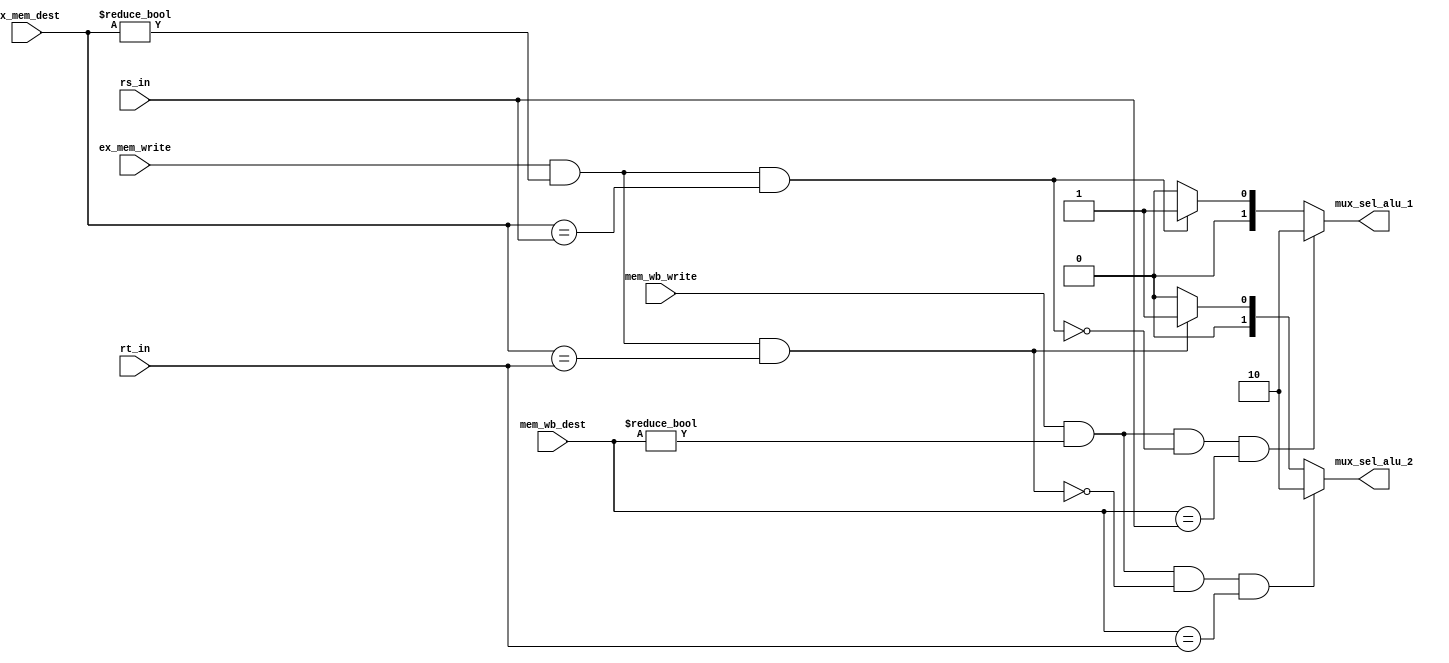
//Forwarding.v

module Forwarding(
	input wire [4:0] rs_in,
	input wire [4:0] rt_in,
	input wire [4:0] ex_mem_dest,
	input wire [4:0] mem_wb_dest,
	input wire ex_mem_write,
	input wire mem_wb_write,
	output reg [1:0] mux_sel_alu_1,
	output reg [1:0] mux_sel_alu_2);
	
	always @* begin
		mux_sel_alu_1 = 2'b00;
		mux_sel_alu_2 = 2'b00;
		if (ex_mem_write && (ex_mem_dest != 0) && (ex_mem_dest == rs_in)) begin
			mux_sel_alu_1 = 2'b01;
		end
		if (mem_wb_write && (mem_wb_dest != 0) && !(ex_mem_write && (ex_mem_dest != 0) && (ex_mem_dest == rs_in)) && (mem_wb_dest == rs_in)) begin
			mux_sel_alu_1 = 2'b10;
		end
		if (ex_mem_write && (ex_mem_dest != 0) && (ex_mem_dest == rt_in)) begin
			mux_sel_alu_2 = 2'b01;
		end
		if (mem_wb_write && (mem_wb_dest != 0) && !(ex_mem_write && (ex_mem_dest != 0) && (ex_mem_dest == rt_in)) && (mem_wb_dest == rt_in)) begin
			mux_sel_alu_2 = 2'b10;
		end
	end
endmodule